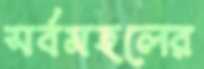
সর্বমহলের